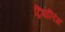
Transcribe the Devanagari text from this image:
ट्रिपलिंग